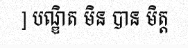
] បណ្ឌិត មិន បាន មិត្ត